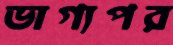
ভাগ্যপর